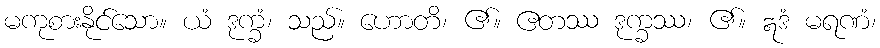
မကုစားနိုင်သော။ ယံ ဒုက္ခံ၊ သည်။ ဟောတိ၊ ၏။ ဧတဿ ဒုက္ခဿ၊ ၏။ ဣဒံ မရဏံ၊